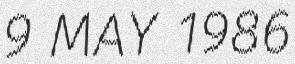
9 MAY 1986